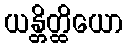
ယန္တိတ္ထိယော